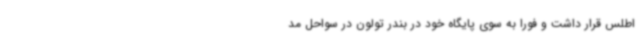
اطلس قرار داشت و فورا به سوی پایگاه خود در بندر تولون در سواحل مد